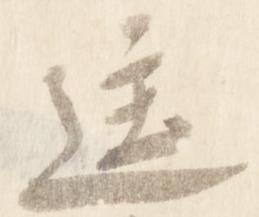
匡